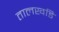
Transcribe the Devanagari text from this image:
तालखडि